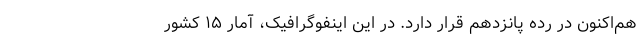
هم‌اکنون در رده پانزدهم قرار دارد. در این اینفوگرافیک، آمار ۱۵ کشور